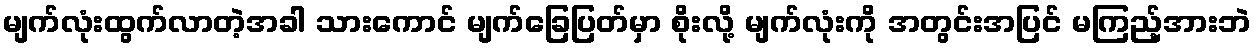
မျက်လုံးထွက်လာတဲ့အခါ သားကောင် မျက်ခြေပြတ်မှာ စိုးလို့ မျက်လုံးကို အတွင်းအပြင် မကြည့်အားဘဲ